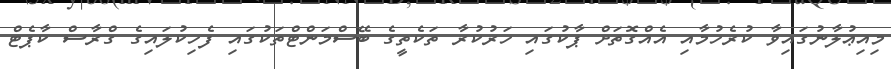
މިއިޢުލާނުގައިވާ ކުރެހުމާއި އެއްގޮތަށް ޕާކުގައި ހަރުކުރާ ތަކެތީގެ ބޭސްމަންޓްތަކުގައި ފެހިކުލައިގެ ގްރާސް ކާޕެޓް